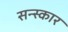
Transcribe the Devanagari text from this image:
सन्स्कार